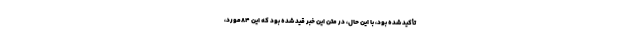
تأکید شده بود، با این حال، در متن این خبر قید شده بود که این 84مورد،